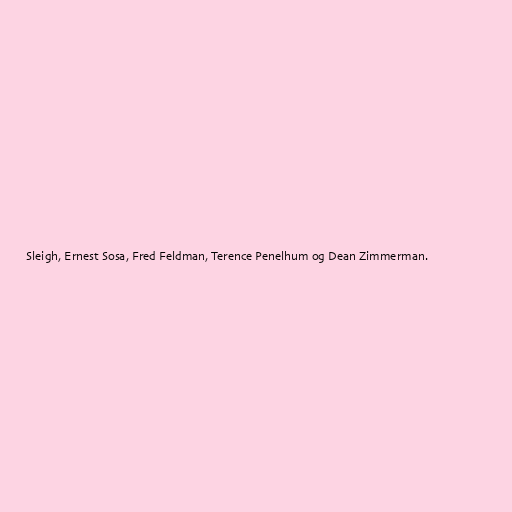
Sleigh, Ernest Sosa, Fred Feldman, Terence Penelhum og Dean Zimmerman.